DOW-UAP-D48, Department of the Air Force Report, 1996
Agency: Department of War
Incident date: 9/10/96
Page 90
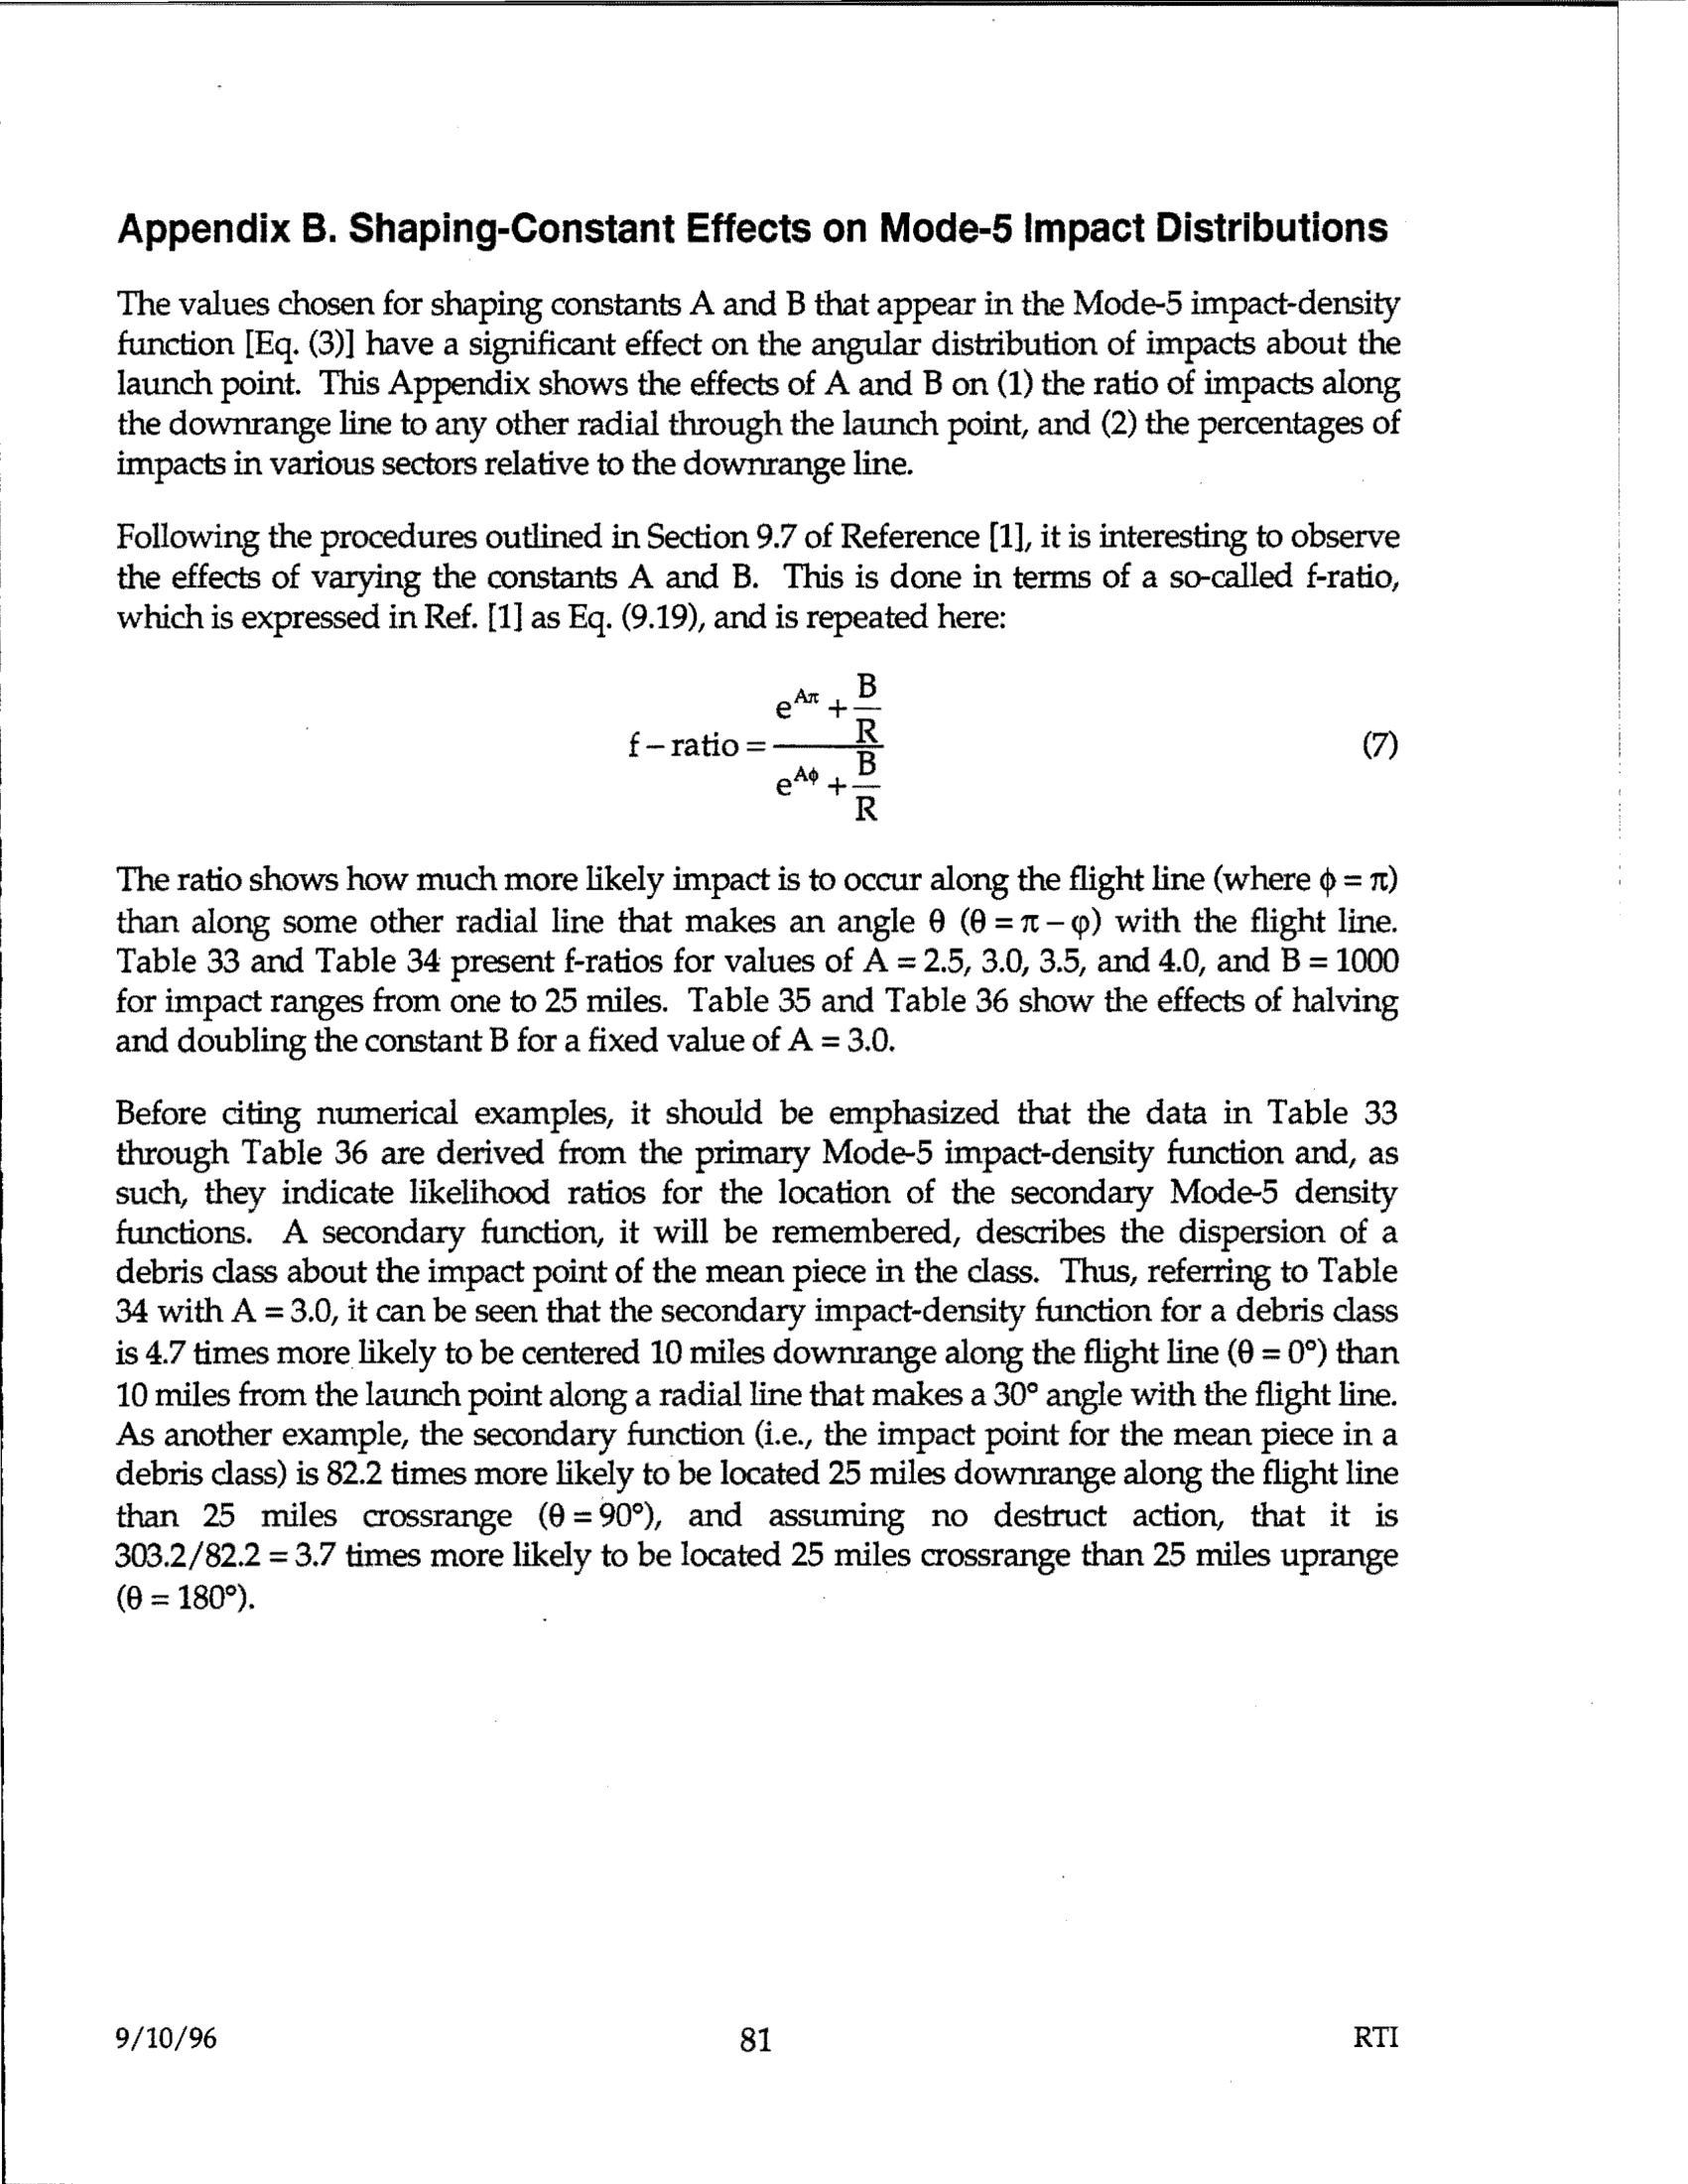